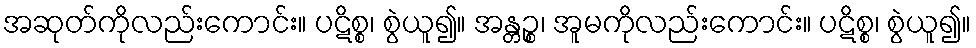
အဆုတ်ကိုလည်းကောင်း။ ပဋိစ္စ၊ စွဲယူ၍။ အန္တဉ္စ၊ အူမကိုလည်းကောင်း။ ပဋိစ္စ၊ စွဲယူ၍။